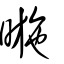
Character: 暆